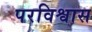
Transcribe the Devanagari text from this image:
परविश्वास